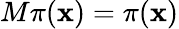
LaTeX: M\pi(\mathbf{x})=\pi(\mathbf{x})